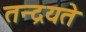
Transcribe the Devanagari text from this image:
तन्द्रयते